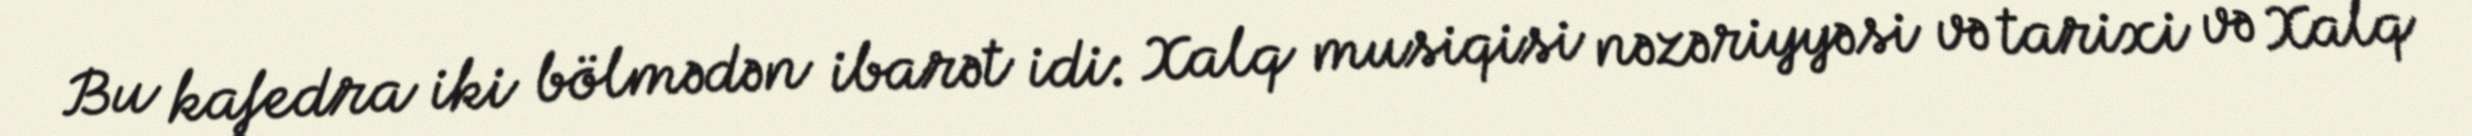
Bu kafedra iki bölmədən ibarət idi: Xalq musiqisi nəzəriyyəsi və tarixi və Xalq